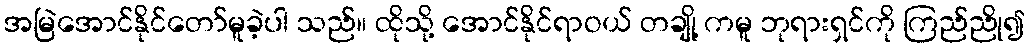
အမြဲအောင်နိုင်တော်မူခဲ့ပါ သည်။ ထိုသို့ အောင်နိုင်ရာဝယ် တချို့ ကမူ ဘုရားရှင်ကို ကြည်ညို၍